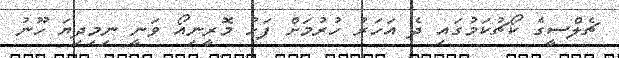
ޗެލްސީގެ ކޯޗުކަމުގައި ދެ އަހަރު ހުރުމަށް ފަހު މޮރީނިއޯ ވަނީ ނިމިދިޔަ ހޫނު